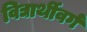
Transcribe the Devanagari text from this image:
विद्यार्थीवर्ग